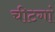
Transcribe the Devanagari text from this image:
चीटगां